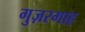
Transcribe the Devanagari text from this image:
गुज़रगाह